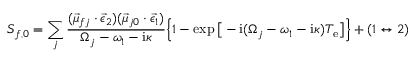
S _ { f , 0 } = \sum _ { j } \frac { ( \vec { \mu } _ { f j } \cdot \vec { \epsilon } _ { 2 } ) ( \vec { \mu } _ { j 0 } \cdot \vec { \epsilon } _ { 1 } ) } { \Omega _ { j } - \omega _ { 1 } - \mathrm { i } \kappa } \Big \{ 1 - \exp \big [ - \mathrm { i } ( \Omega _ { j } - \omega _ { 1 } - \mathrm { i } \kappa ) T _ { \mathrm { e } } \big ] \Big \} + ( 1 \leftrightarrow 2 )